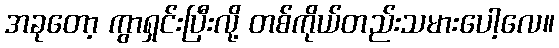
အခုတော့ ကွာရှင်းပြီးလို့ တစ်ကိုယ်တည်းသမားပေါ့လေ။